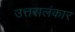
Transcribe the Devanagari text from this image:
उत्तरालंकार